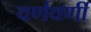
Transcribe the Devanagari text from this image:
वर्णवर्णी